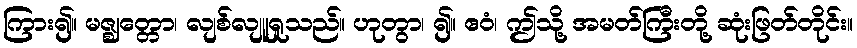
ကြား၍။ မဇ္ဈတ္တော၊ လျစ်လျူရှုသည်။ ဟုတွာ၊ ၍။ ဧဝံ၊ ဤသို့ အမတ်ကြီးတို့ ဆုံးဖြတ်တိုင်း။